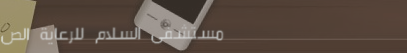
مستشفى السلام للرعاية الص